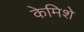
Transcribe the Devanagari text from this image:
केमिशे